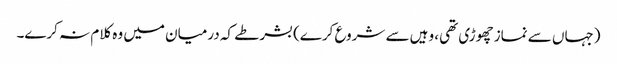
(جہاں سے نماز چھوڑی تھی، وہیں سے شروع کرے) بشرطے کہ درمیان میں وہ کلام نہ کرے۔